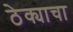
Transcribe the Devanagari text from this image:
ठेक्याचा